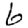
Digit: 6